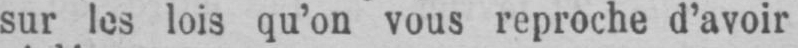
sur les lois qu’on vous reproche d’avoir